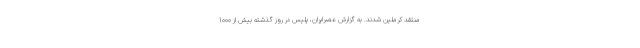
منتقد کرملین شدند. به گزارش عصرایران، پلیس در روز گذشته بیش از 1000